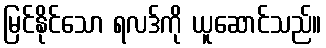
မြင်နိုင်သော ရလဒ်ကို ယူဆောင်သည်။